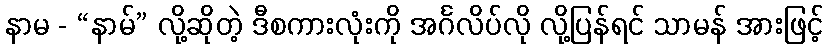
နာမ - “နာမ်” လို့ဆိုတဲ့ ဒီစကားလုံးကို အင်္ဂလိပ်လို လို့ပြန်ရင် သာမန် အားဖြင့်